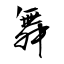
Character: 舞